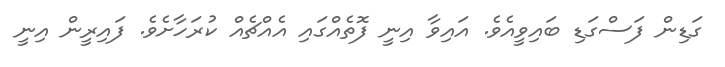
ގަޑިން ފަސްގަޑި ބައިވީއެވެ. އައިވާ އިނީ ފޮތެއްގައި އެއްޗެއް ކުރަހާށެވެ. ފައިރީން އިނީ